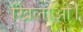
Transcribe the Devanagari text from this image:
खिलाओ।